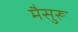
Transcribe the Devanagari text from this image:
मैसुरू